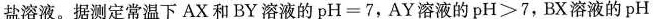
盐溶液。据测定常温下AX和BY溶液的$$pH=7$$，AY溶液的$$pH>7$$，BX溶液的$$pH